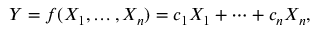
Y = f ( X _ { 1 } , \dots , X _ { n } ) = c _ { 1 } X _ { 1 } + \cdots + c _ { n } X _ { n } ,